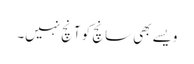
ویسے بھی سانچ کو آنچ نہیں۔